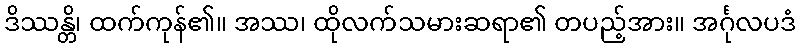
ဒိဿန္တိ၊ ထက်ကုန်၏။ အဿ၊ ထိုလက်သမားဆရာ၏ တပည့်အား။ အင်္ဂုလပဒံ